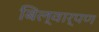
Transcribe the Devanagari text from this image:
बिल्वार्पण